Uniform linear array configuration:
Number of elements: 64
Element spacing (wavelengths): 1
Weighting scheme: hann
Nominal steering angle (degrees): -30
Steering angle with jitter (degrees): -30.355
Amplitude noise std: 0.05
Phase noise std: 0.05

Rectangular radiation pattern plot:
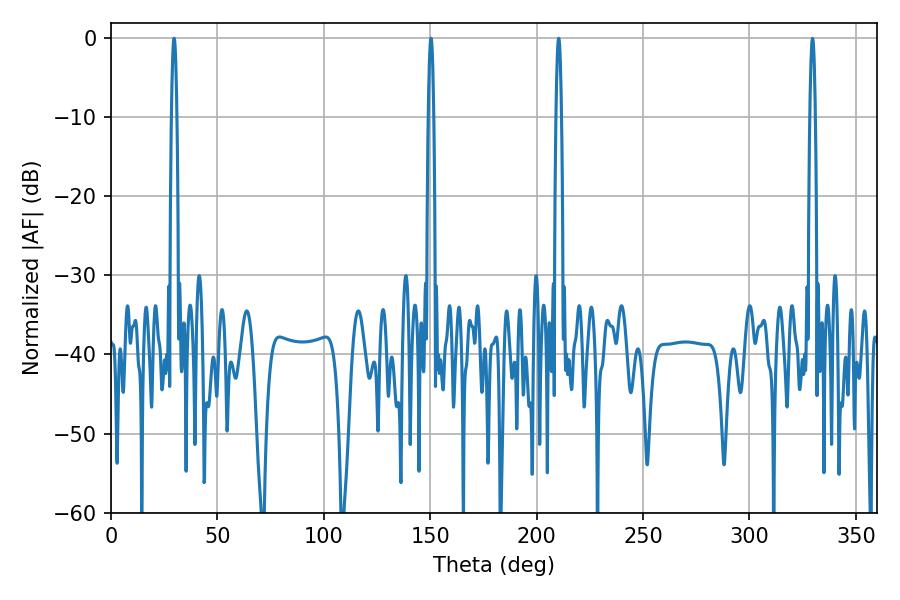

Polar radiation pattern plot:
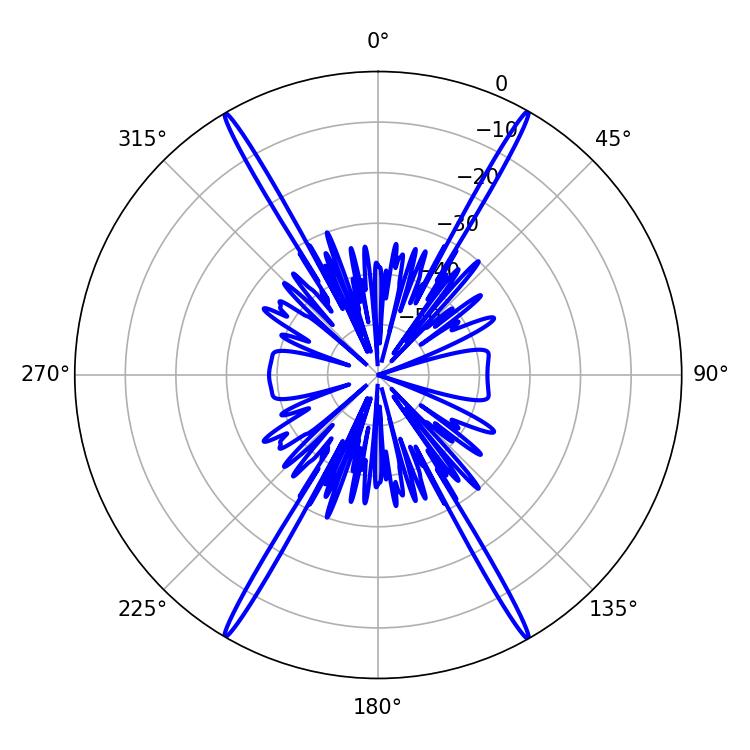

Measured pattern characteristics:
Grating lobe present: TRUE
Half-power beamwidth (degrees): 1.26
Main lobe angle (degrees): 150.3